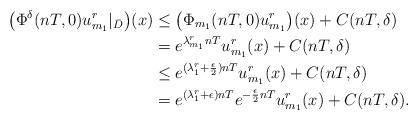
LaTeX: \begin{align*}\big(\Phi^\delta(nT,0)u_{m_1}^r|_{\bar D}\big)(x)&\le \big(\Phi_{m_1}(nT,0) u_{m_1}^r\big)(x)+C(nT,\delta)\\&=e^{\lambda_{m_1}^r nT} u_{m_1}^r(x)+C(nT,\delta)\\&\le e^{(\lambda_1^r +\frac{\epsilon}{2})nT}u_{m_1}^r(x)+C(nT,\delta)\\&= e^{(\lambda_1^r+\epsilon)nT} e^{-\frac{\epsilon}{2}nT}u_{m_1}^r(x)+C(nT,\delta).\end{align*}